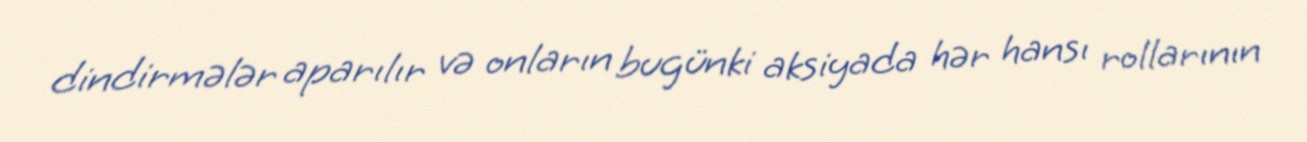
dindirmələr aparılır və onların bugünki aksiyada hər hansı rollarının